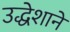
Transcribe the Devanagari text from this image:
उद्धेशाने